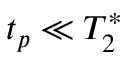
t _ { p } \ll T _ { 2 } ^ { * }